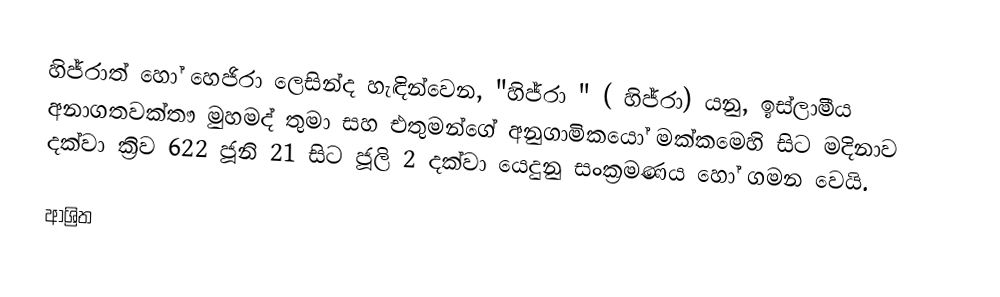
හිජ්රාත් හෝ හෙජිරා ලෙසින්ද හැඳින්වෙන,  "හිජ්රා " ( හිජ්රා) යනු,  ඉස්ලාමීය අනාගතවක්තෟ මුහමද් තුමා සහ එතුමන්ගේ අනුගාමිකයෝ මක්කමෙහි සිට මදිනාව දක්වා ක්‍රිව 622 ජූනි 21 සිට ජූලි 2 දක්වා යෙදුනු සංක්‍රමණය හෝ ගමන වෙයි.

ආශ්‍රිත